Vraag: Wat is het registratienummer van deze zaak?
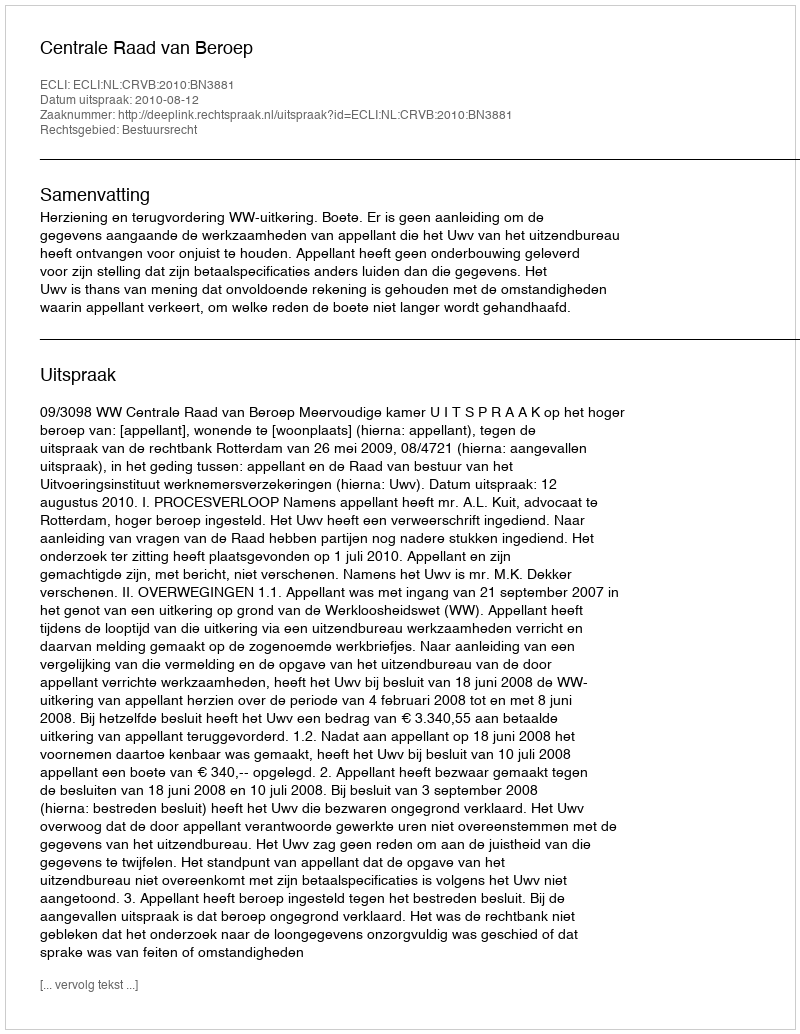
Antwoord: http://deeplink.rechtspraak.nl/uitspraak?id=ECLI:NL:CRVB:2010:BN3881